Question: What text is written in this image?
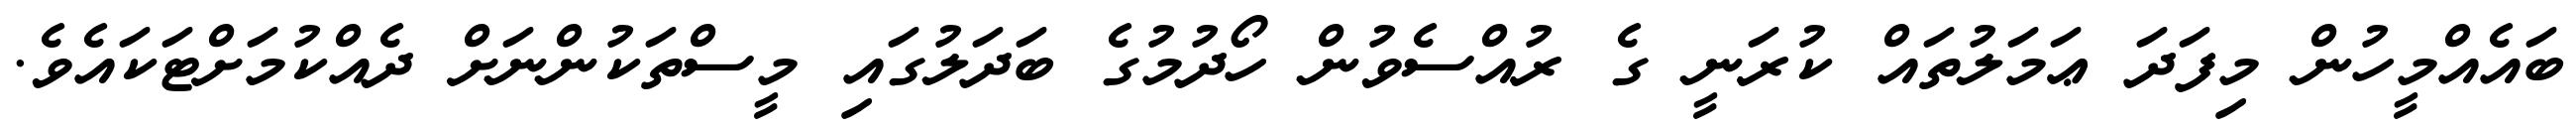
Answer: ބައެއްމީހުން މިފަދަ ޢަމަލުތައް ކުރަނީ ގެ ރުއްސެވުން ހޯދުމުގެ ބަދަލުގައި މީސްތަކުންނަށް ދެއްކުމަށްޓަކައެވެ.